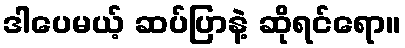
ဒါပေမယ့် ဆပ်ပြာနဲ့ ဆိုရင်ရော။